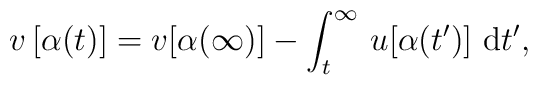
v\,[\alpha (t)]=v[\alpha (\infty )]-\int_{t}^{\infty }\,u[\alpha (t^{\prime})]\,\,{\rm d}t^{\prime },